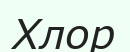
Хлор